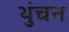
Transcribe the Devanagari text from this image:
थुंचन